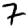
Digit: 7